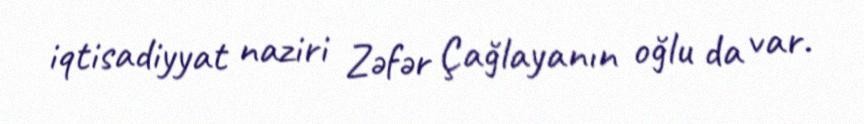
iqtisadiyyat naziri Zəfər Çağlayanın oğlu da var.